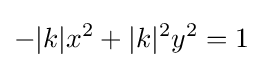
-|k|x^{2}+|k|^{2}y^{2}=1